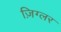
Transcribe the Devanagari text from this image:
ज़िग्लर